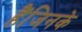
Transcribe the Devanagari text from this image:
हैंजिनके